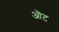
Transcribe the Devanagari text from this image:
ऒट